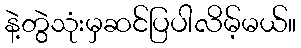
နဲ့တွဲသုံးမှဆင်ပြပါလိမ့်မယ်။